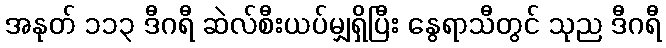
အနုတ် ၁၁၃ ဒီဂရီ ဆဲလ်စီးယပ်မျှရှိပြီး နွေရာသီတွင် သုည ဒီဂရီ